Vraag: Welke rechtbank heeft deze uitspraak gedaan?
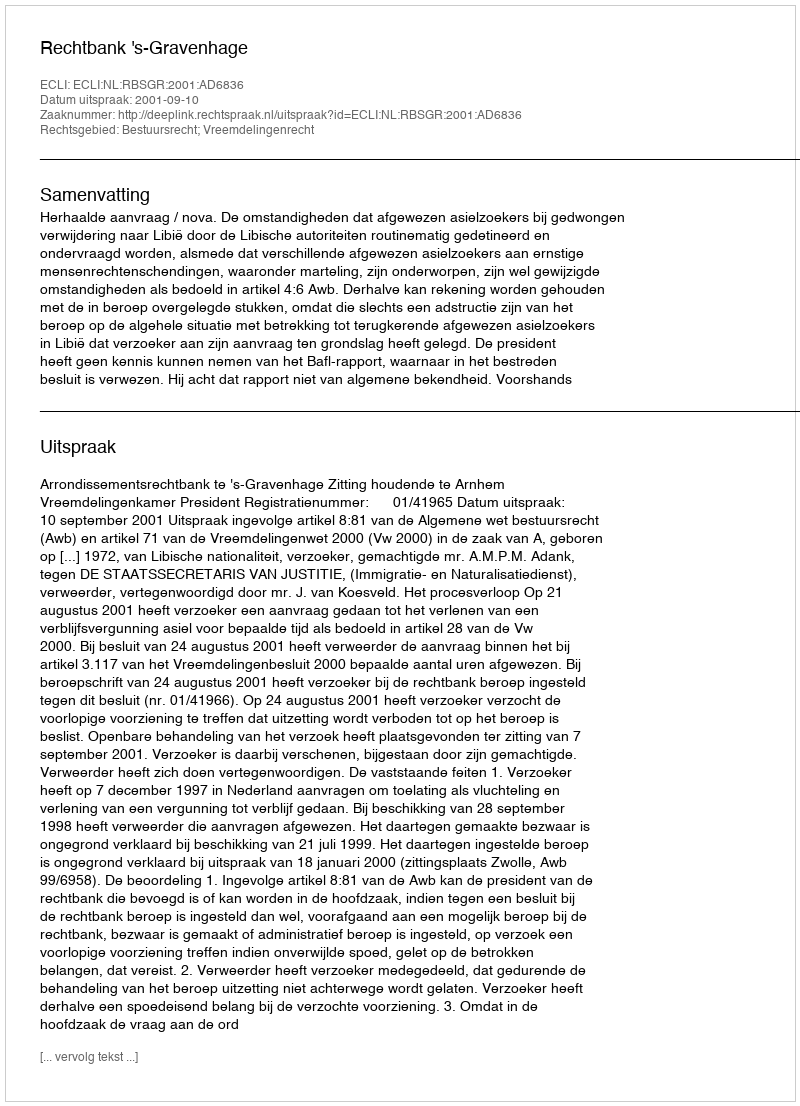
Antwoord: Rechtbank 's-Gravenhage